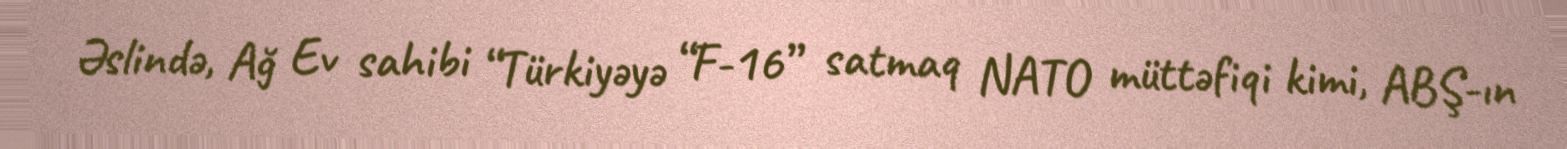
Əslində, Ağ Ev sahibi “Türkiyəyə “F-16” satmaq NATO müttəfiqi kimi, ABŞ-ın